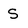
Character: S